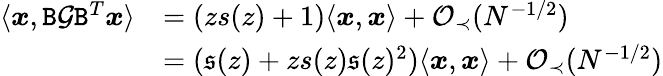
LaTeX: \begin{array}{rl}{\langle{\boldsymbol x},{\texttt B}{\mathcal G}{\texttt B}^{T}{\boldsymbol x}\rangle}&{=(zs(z)+1)\langle{\boldsymbol x},{\boldsymbol x}\rangle+{\mathcal O}_{\prec}(N^{-1/2})}\\ &{=(\mathfrak{s}(z)+zs(z)\mathfrak{s}(z)^{2})\langle{\boldsymbol x},{\boldsymbol x}\rangle+{\mathcal O}_{\prec}(N^{-1/2})}\end{array}